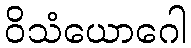
ဝိသံယောဂေါ